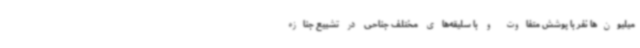
میلیون‌ها نفر با پوشش متفاوت و با سلیقه‌های مختلف جناحی در تشییع جنازه